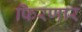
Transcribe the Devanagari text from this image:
फिरणार